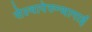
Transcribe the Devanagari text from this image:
सेल्वापेरुन्थागाई